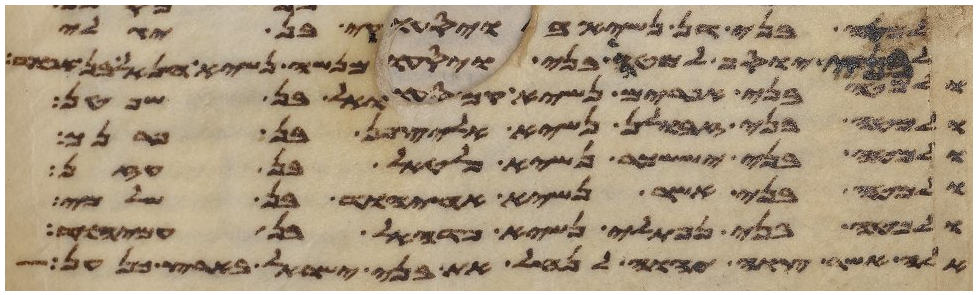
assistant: בני דן נשיא בקי בן יגלי
לבני יוסף למטה בני מנשה נשיא חנאל בן
ולמטה בני אפרים נשיא קמואל בן שפטן
ולמטה בני זבולן נשיא אליצפן בן
ולמטה בני יששכר נשיא פלטאל בן עזן
ולמטה בני אשר נשיא אחיוד בן שלמי
ולמטה בני נפתלי נשיא פדהאל בן עמיהוד
אלה אשר צוה יהוה לנחל את בני ישראל בארץ כנען